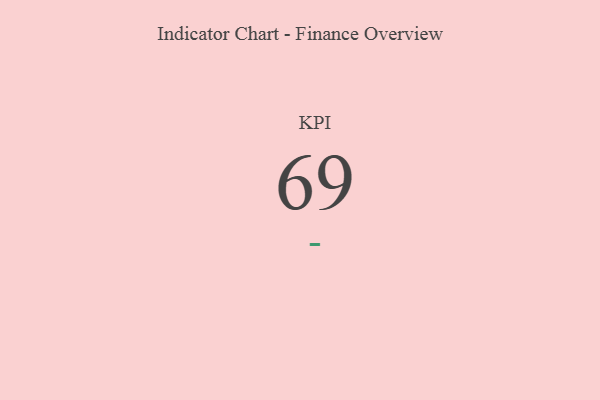
{"axis": {"x": "KPI", "y": "Value"}, "legend": [""], "data": [{"x": "KPI", "y": 69, "type": ""}]}